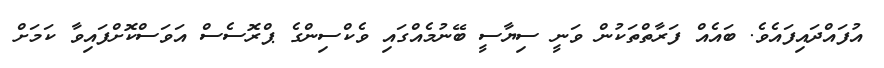
އުފައްދައިފައެވެ. ބައެއް ފަރާތްތަކުން ވަނީ ސިޔާސީ ބޭނުމެއްގައި ވެކްސިންގެ ޕްރޮސެސް އަވަސްކޮށްފައިވާ ކަމަށް